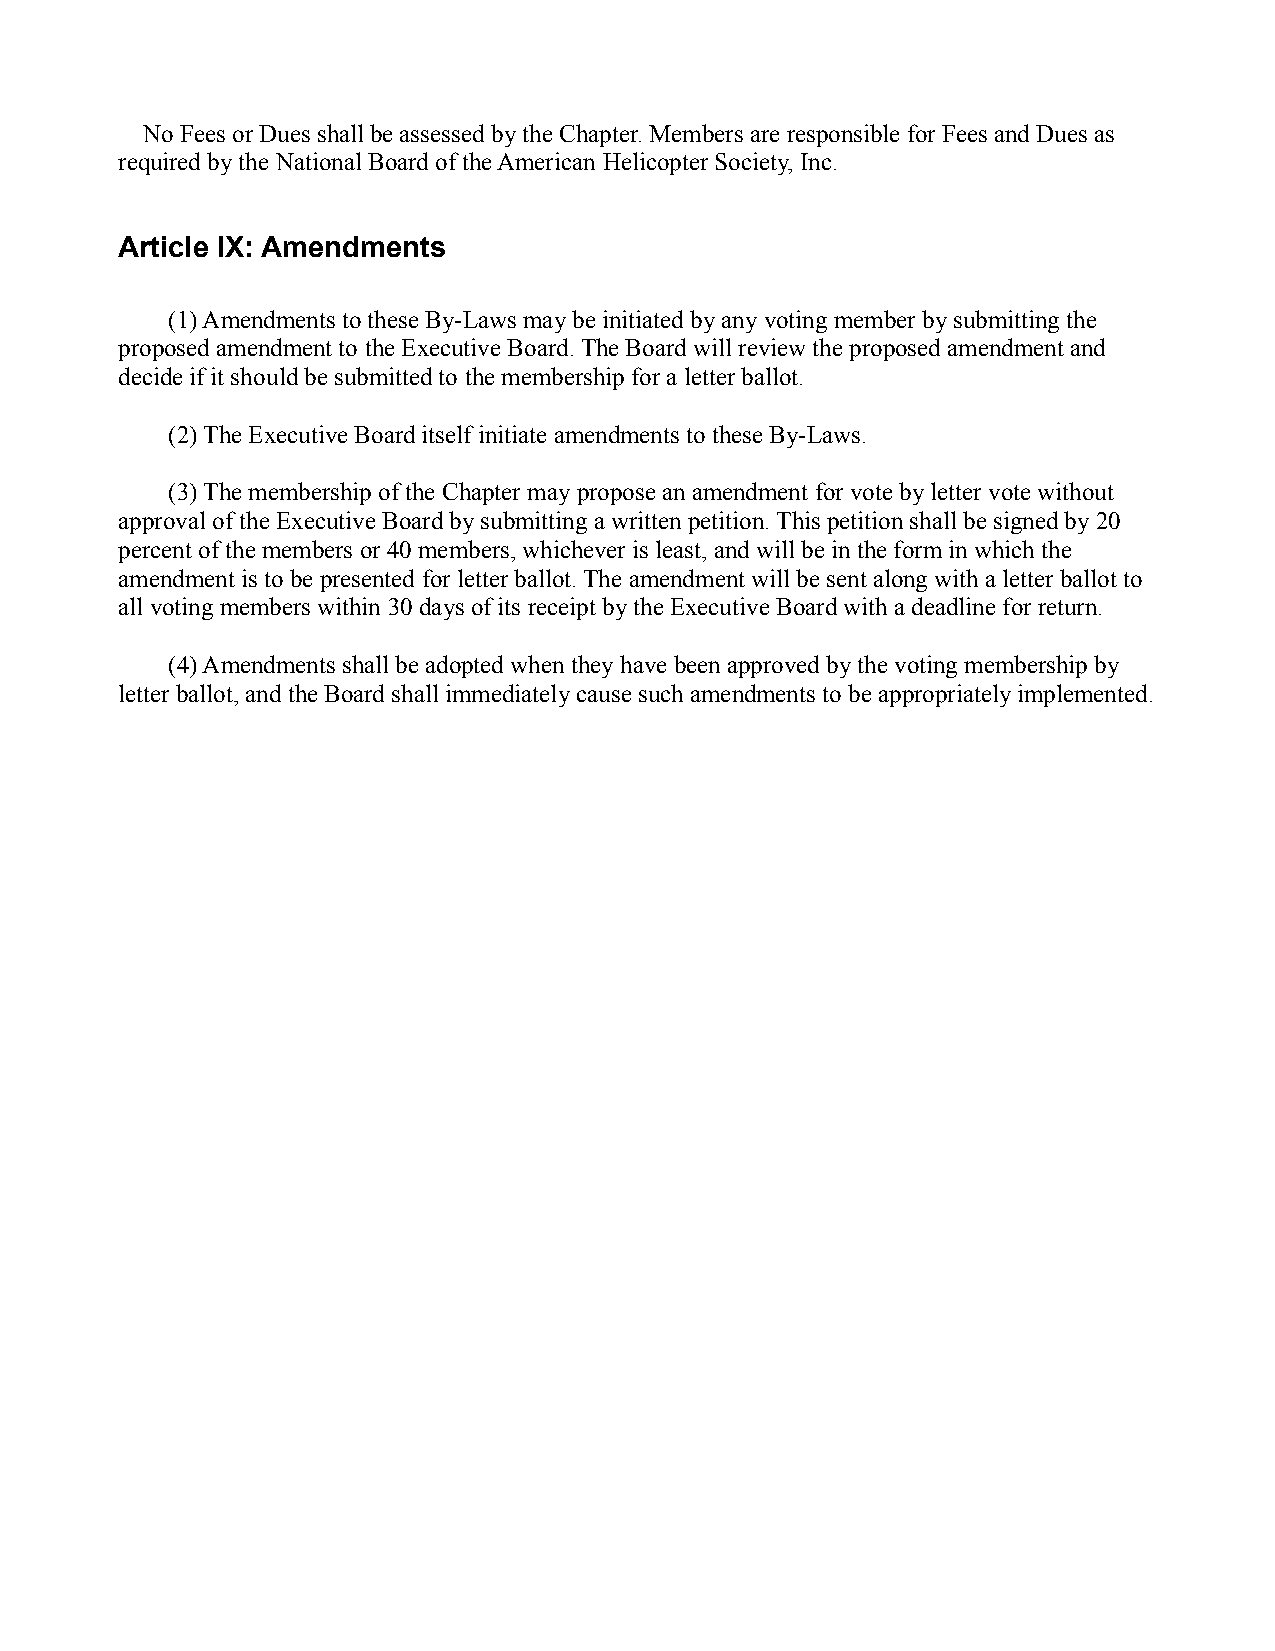
No Fees or Dues shall be assessed by the Chapter. Members are responsible for Fees and Dues as
 required by the National Board of the American Helicopter Society, Inc.
 Article IX: Amendments
 (1) Amendments to these By-Laws may be initiated by any voting member by submitting the
 proposed amendment to the Executive Board. The Board will review the proposed amendment and
 decide if it should be submitted to the membership for a letter ballot.
 (2) The Executive Board itself initiate amendments to these By-Laws.
 (3) The membership of the Chapter may propose an amendment for vote by letter vote without
 approval of the Executive Board by submitting a written petition. This petition shall be signed by 20
 percent of the members or 40 members, whichever is least, and will be in the form in which the
 amendment is to be presented for letter ballot. The amendment will be sent along with a letter ballot to
 all voting members within 30 days of its receipt by the Executive Board with a deadline for return.
 (4) Amendments shall be adopted when they have been approved by the voting membership by
 letter ballot, and the Board shall immediately cause such amendments to be appropriately implemented.